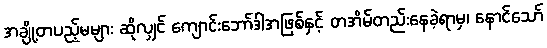
အချို့တပည့်မများ ဆိုလျှင် ကျောင်းဘော်ဒါအဖြစ်နှင့် တအိမ်တည်းနေခဲ့ရာမှ၊ နောင်သော်